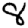
Digit: 8